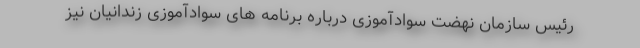
رئیس سازمان نهضت سوادآموزی درباره برنامه های سوادآموزی زندانیان نیز